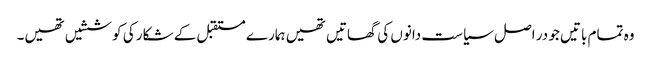
وہ تمام باتیں جو در اصل سیاست دانوں کی گھاتیں تھیں ہمارے مستقبل کے شکار کی کوششیں تھیں۔